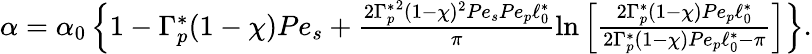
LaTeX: \begin{array}{r}{\alpha=\alpha_{0}\left\{ 1-\Gamma_{p}^{\ast}(1-\chi)Pe_{s}+\frac{{2\Gamma_{p}^{\ast}}^{2}(1-\chi)^{2}Pe_{s}Pe_{p}\ell_{0}^{\ast}}{\pi}\ln\left[\frac{2\Gamma_{p}^{\ast}(1-\chi)Pe_{p}\ell_{0}^{\ast}}{2\Gamma_{p}^{\ast}(1-\chi)Pe_{p}\ell_{0}^{\ast}-\pi}\right]\right\} .}\end{array}